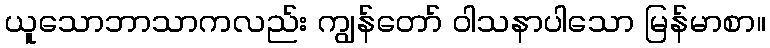
ယူသောဘာသာကလည်း ကျွန်တော် ဝါသနာပါသော မြန်မာစာ။